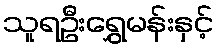
သူရဦးရွှေမန်းနှင့်